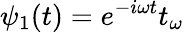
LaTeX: \psi_{1}(t)=e^{-i\omega t}t_{\omega}